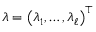
{ \boldsymbol { \lambda } } = \left( \lambda _ { 1 } , \ldots , \lambda _ { \ell } \right) ^ { \top }